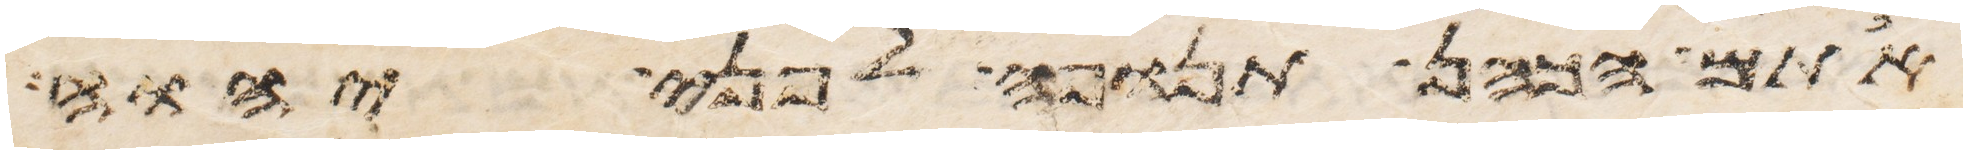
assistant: אתם הכהן תנופה לפני יהוה